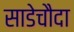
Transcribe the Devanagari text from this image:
साडेचौदा